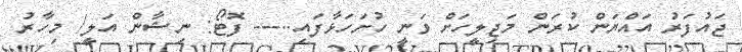
ޖައުފަރު އައްޔަން ކުރަން މަޖިލީހަށް ވަނީ ހުށަހަޅާފައި..--- ފޮޓޯ: ނިޝާން އަލީ/ މިހާރު